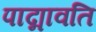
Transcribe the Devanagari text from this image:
पाद्मावति